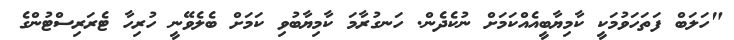
"ހަލަބް ފަތަހަވުމަކީ ކާމިޔާބީއެއްކަމަށް ނުކެދެން. ހަނގުރާމަ ކާމިޔާބުވި ކަމަށް ބެލެވޭނީ ހުރިހާ ޓެރަރިސްޓުންގެ